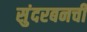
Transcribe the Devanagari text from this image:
सुंदरबनची